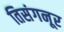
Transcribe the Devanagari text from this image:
तिसंगनूर